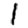
Digit: 1